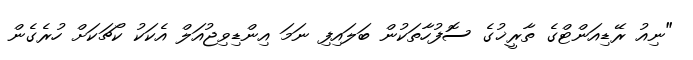
"ނިއު ރޭޑިއަންޓްގެ ތާރީޚުގެ ސޮފުހާތަކުން ބަލައިފި ނަމަ އިންޑިވިޖުއަލް އެކަކު ކޯޗަކަށް ހުރެގެން